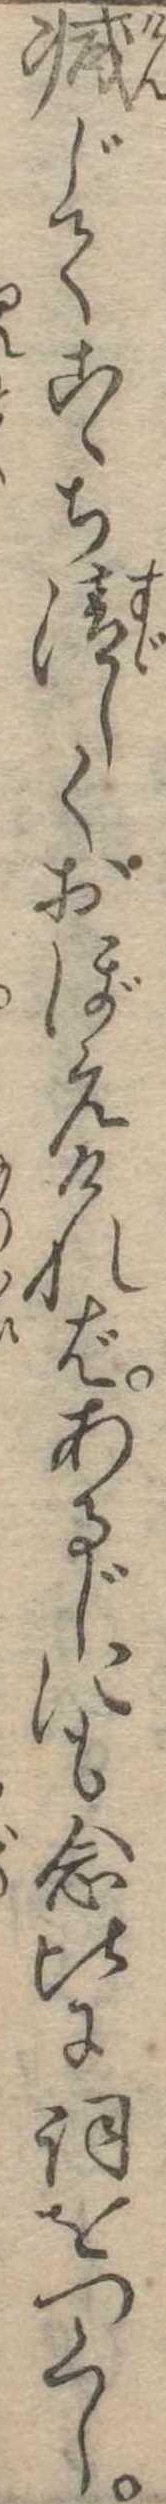
減じてこゝち清しくおぼえければあるじにも念比に詞をつくし